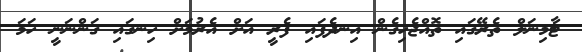
ޓާމިނަލް ތެރޭގައި ތޮއްޖެހިގެން އިނދެފައި ފެރީ އަށް އެރުމަށް ހިނގައި ގަންނަނީ ހަމަ